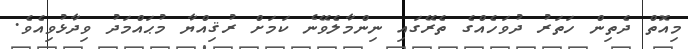
މިއޮތް ދެތިން ހަތަރު ދުވަހެއްގެ ތެރޭގައި ނިންމާލެވޭނެ ކަމަށް ރުޤިއްޔާ މުޙައްމަދު ވިދާޅުވިއެވެ.